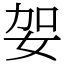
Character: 妿